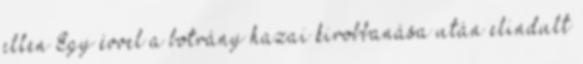
ellen Egy évvel a botrány hazai kirobbanása után elindult